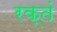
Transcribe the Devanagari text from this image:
रक्तं